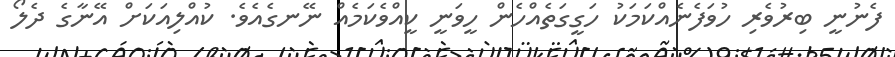
ފެނުނީ ބިރުވެރި ހުވަފެނެއްކަމަކު ހަގީގަތެއްހެން ހީވަނީ ކީއްވެކަމެއް ނޭނގެއެވެ. ކުއްލިއަކަށް އޭނާގެ ދެލޯ